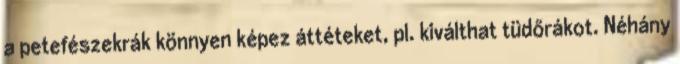
a petefészekrák könnyen képez áttéteket, pl. kiválthat tüdőrákot. Néhány